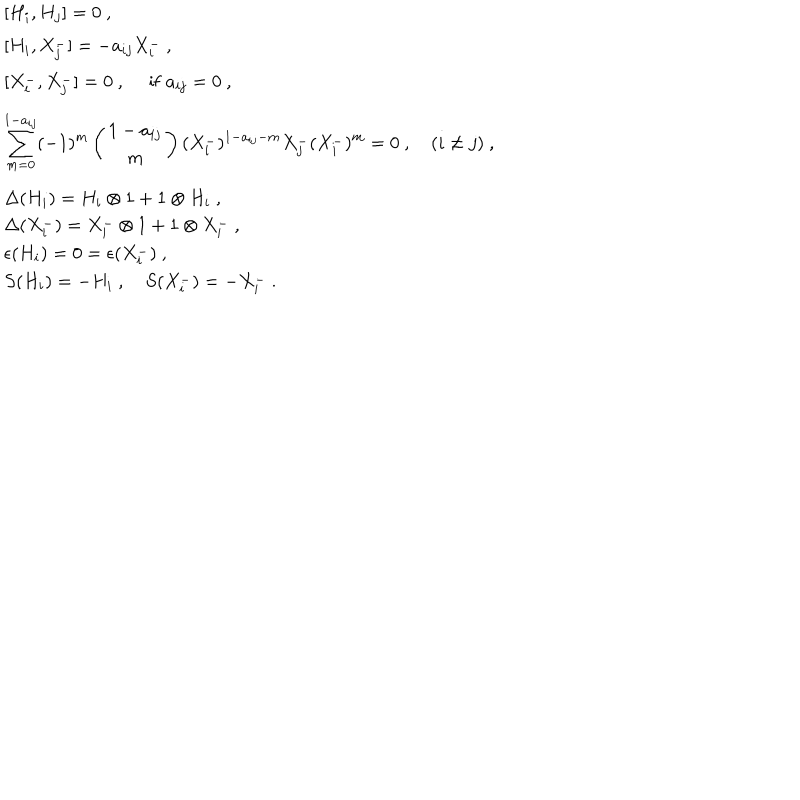
LaTeX: \begin{array} { l } { { [ H _ { i } , H _ { j } ] = 0 ~ , } } \\ { { [ H _ { i } , X _ { j } ^ { - } ] = - a _ { i j } X _ { i } ^ { - } ~ , } } \\ { { [ X _ { i } ^ { - } , X _ { j } ^ { - } ] = 0 ~ , ~ ~ \mathrm { i f } ~ a _ { i j } = 0 ~ , } } \\ { { \displaystyle \sum _ { m = 0 } ^ { 1 - a _ { i j } } ( - 1 ) ^ { m } \left( \begin{array} { c } { { 1 - a _ { i j } } } \\ { { m } } \\ \end{array} \right) ( X _ { i } ^ { - } ) ^ { 1 - a _ { i j } - m } X _ { j } ^ { - } ( X _ { i } ^ { - } ) ^ { m } = 0 ~ , ~ ( i \not = j ) ~ , } } \\ { { \Delta ( H _ { i } ) = H _ { i } \otimes 1 + 1 \otimes H _ { i } ~ , } } \\ { { \Delta ( X _ { i } ^ { - } ) = X _ { i } ^ { - } \otimes 1 + 1 \otimes X _ { i } ^ { - } ~ , } } \\ { { \epsilon ( H _ { i } ) = 0 = \epsilon ( X _ { i } ^ { - } ) ~ , } } \\ { { S ( H _ { i } ) = - H _ { i } ~ , ~ S ( X _ { i } ^ { - } ) = - X _ { i } ^ { - } ~ . } } \\ \end{array}